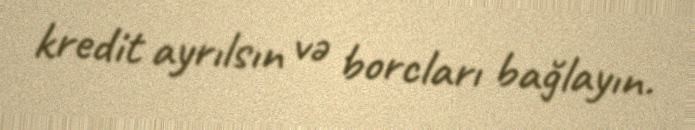
kredit ayrılsın və borcları bağlayın.